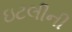
ઇટલીની